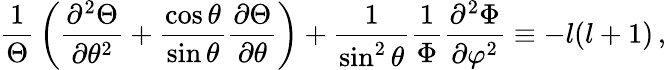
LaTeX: {\frac{1}{\Theta}}\left({\frac{\partial^{2}\Theta}{\partial\theta^{2}}}+{\frac{\cos\theta}{\sin\theta}}{\frac{\partial\Theta}{\partial\theta}}\right)+{\frac{1}{\sin^{2}\theta}}{\frac{1}{\Phi}}{\frac{\partial^{2}\Phi}{\partial\varphi^{2}}}\equiv-l(l+1)\, ,